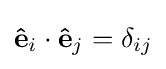
\mathbf {\hat {e}} _{i}\cdot \mathbf {\hat {e}} _{j}=\delta _{ij}